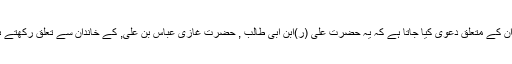
اعوان کے متعلق دعوی کیا جاتا ہے کہ یہ حضرت علی (ر)ابن ابی طالب , حضرت غازی عباس بن علی, کے خاندان سے تعلق رکھتے ہیں۔